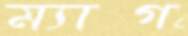
ম্যাগ